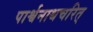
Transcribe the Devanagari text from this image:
पार्श्वनाथचरित्